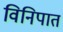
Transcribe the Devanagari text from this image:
विनिपात